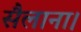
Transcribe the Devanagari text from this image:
सैलाना।